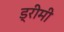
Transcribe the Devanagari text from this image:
ड्रीमी